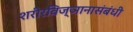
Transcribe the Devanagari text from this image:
शरीरविज्ञानासंबंधी